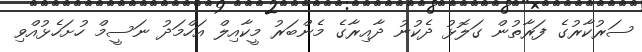
ސަރުކާރުގެ ފަރާތުން ގަލޮޅު ދެކުނު ދާއިރާގެ މެންބަރު މީކާއިލް އަހްމަދު ނަސީމް ހުށަހެޅުއްވި